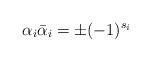
LaTeX: \begin{align*}\alpha_i{\bar\alpha}_i=\pm (-1)^{s_i}\end{align*}